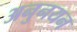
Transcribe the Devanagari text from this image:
अनुनयन